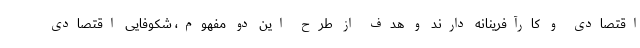
اقتصادی و کارآفرینانه دارند و هدف از طرح این دو مفهوم، شکوفایی اقتصادی